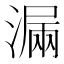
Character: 𣼣